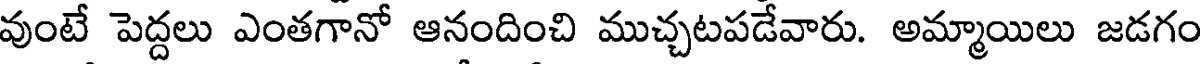
వుంటే పెద్దలు ఎంతగానో ఆనందించి ముచ్చటపడేవారు. అమ్మాయిలు జడగం